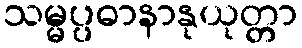
သမ္မပ္ပဓာနာနုယုတ္တာ